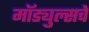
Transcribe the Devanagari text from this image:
मॉड्युल्सचे